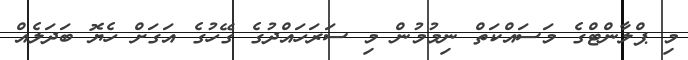
މި ޕްލާންޓްގެ މަސައްކަތް ނިމުމުން މި ސަރަހައްދުގެ ގޭހުގެ އަގަށް ހެޔޮ ބަދަލެއް